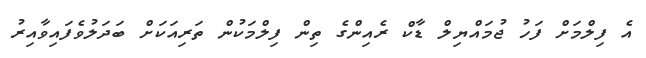
އެ ފިލްމަށް ފަހު ޖުމައްޔިލް ޑާކް ރެއިންގެ ތިން ފިލްމަކުން ތަރިއަކަށް ބަދަލުވެފައިވާއިރު